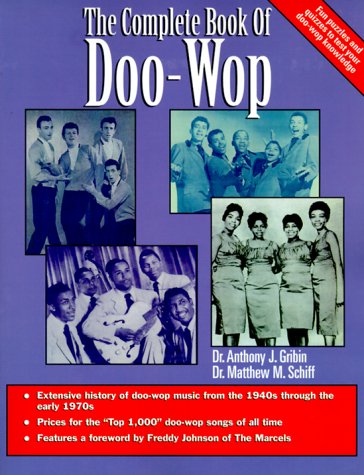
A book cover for The Complete Book of Doo-Wop Rhythm and Blues; Anthony Gribin; Crafts, Hobbies & Home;